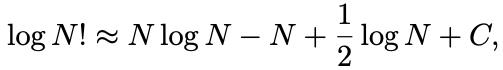
\[
\log N! \approx N \log N - N + \frac{1}{2} \log N + C,
\]